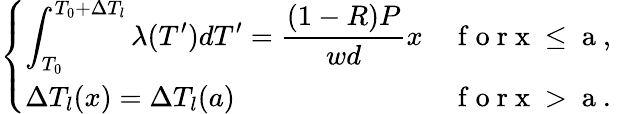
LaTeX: \left\{ \begin{array}{ll}{\displaystyle{\int_{T_{0}}^{T_{0}+\Delta T_{l}}\lambda(T^{\prime})dT^{\prime}=\frac{(1-R)P}{wd}x}}&{\mathrm{~f~o~r~x~\leq~a~,~}}\\ {\Delta T_{l}(x)=\Delta T_{l}(a)}&{\mathrm{~f~o~r~x~>~a~.~}}\end{array}\right.